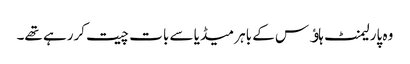
وہ پارلیمنٹ ہاﺅس کے باہر میڈیا سے بات چیت کررہے تھے۔